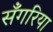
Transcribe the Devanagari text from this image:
सँगरिया